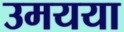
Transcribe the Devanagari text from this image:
उमयया